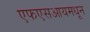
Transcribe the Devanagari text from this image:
एफएसआयमधून